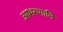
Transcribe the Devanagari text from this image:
आभरणानि